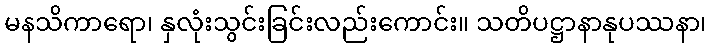
မနသိကာရော၊ နှလုံးသွင်းခြင်းလည်းကောင်း။ သတိပဋ္ဌာနာနုပဿနာ၊